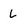
Character: L